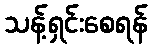
သန့်ရှင်းစေရန်